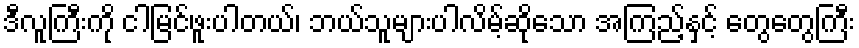
ဒီလူကြီးကို ငါမြင်ဖူးပါတယ်၊ ဘယ်သူများပါလိမ့်ဆိုသော အကြည့်နှင့် တွေတွေကြီး